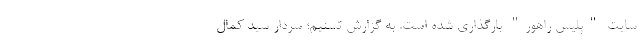
سایت "پلیس راهور" بارگذاری شده است. به گزارش تسنیم؛ سردار سید کمال